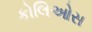
કોલિઓસ